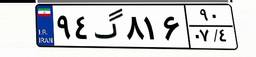
۹۴گ۸۱۶۹۰